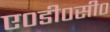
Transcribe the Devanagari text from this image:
ए०डी०सी०